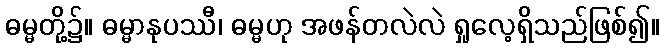
ဓမ္မတို့၌။ ဓမ္မာနုပဿီ၊ ဓမ္မဟု အဖန်တလဲလဲ ရှုလေ့ရှိသည်ဖြစ်၍။